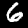
Digit: 6